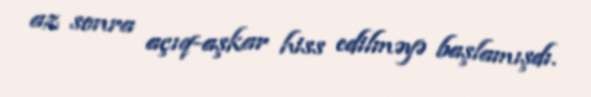
az sonra açıq-aşkar hiss edilməyə başlamışdı.